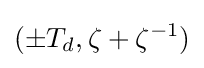
(\pm T_{d},\zeta +\zeta ^{-1})